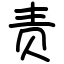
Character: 责